Indian journal of veterinary science and animal husbandry - Volume 13,
Year: 1943
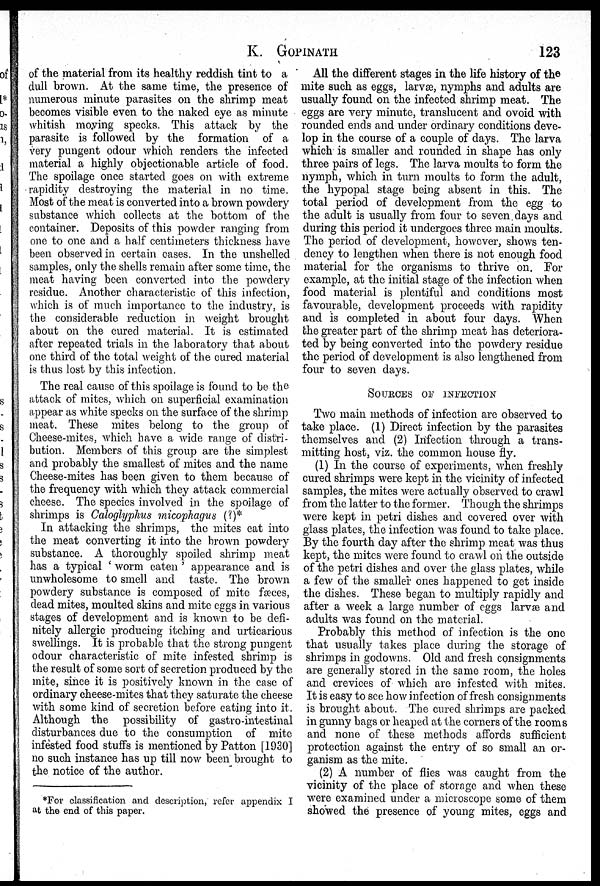
K. GOPINATH
123
of the material from its healthy reddish tint to a
dull brown. At the same time, the presence of
numerous minute parasites on the shrimp meat
becomes visible even to the naked eye as minute
whitish moving specks. This attack by the
parasite is followed by the formation of a
very pungent odour which renders the infected
material a highly objectionable article of food.
The spoilage once started goes on with extreme
rapidity destroying the material in no time.
Most of the meat is converted into a brown powdery
substance which collects at the bottom of the
container. Deposits of this powder ranging from
one to one and a half centimeters thickness have
been observed in certain cases. In the unshelled
samples, only the shells remain after some time, the
meat having been converted into the powdery
residue. Another characteristic of this infection,
which is of much importance to the industry, is
the considerable reduction in weight brought
about on the cured material. It is estimated
after repeated trials in the laboratory that about
one third of the total weight of the cured material
is thus lost by this infection.
The real cause of this spoilage is found to be the
attack of mites, which on superficial examination
appear as white specks on the surface of the shrimp
meat. These mites belong to the group of
Cheese-mites, which have a wide range of distri-
bution. Members of this group are the simplest
and probably the smallest of mites and the name
Cheese-mites has been given to them because of
the frequency with which they attack commercial
cheese. The species involved in the spoilage of
shrimps is Caloglyphus micophagus (?)*
In attacking the shrimps, the mites eat into
the meat converting it into the brown powdery
substance. A thoroughly spoiled shrimp meat
has a typical 'worm eaten' appearance and is
unwholesome to smell and taste. The brown
powdery substance is composed of mite fæces,
dead mites, moulted skins and mite eggs in various
stages of development and is known to be defi-
nitely allergic producing itching and urticarious
swellings. It is probable that the strong pungent
odour characteristic of mite infested shrimp is
the result of some sort of secretion produced by the
mite, since it is positively known in the case of
ordinary cheese-mites that they saturate the cheese
with some kind of secretion before eating into it.
Although the possibility of gastro-intestinal
disturbances due to the consumption of mite
infested food stuffs is mentioned by Patton [1930]
no such instance has up till now been brought to
the notice of the author.
All the different stages in the life history of the
mite such as eggs, larvæ, nymphs and adults are
usually found on the infected shrimp meat. The
eggs are very minute, translucent and ovoid with
rounded ends and under ordinary conditions deve-
lop in the course of a couple of days. The larva
which is smaller and rounded in shape has only
three pairs of legs. The larva moults to form the
nymph, which in turn moults to form the adult,
the hypopal stage being absent in this. The
total period of development from the egg to
the adult is usually from four to seven days and
during this period it undergoes three main moults.
The period of development, however, shows ten-
dency to lengthen when there is not enough food
material for the organisms to thrive on. For
example, at the initial stage of the infection when
food material is plentiful and conditions most
favourable, development proceeds with rapidity
and is completed in about four days. When
the greater part of the shrimp meat has deteriora-
ted by being converted into the powdery residue
the period of development is also lengthened from
four to seven days.
SOURCES OF INFECTION
Two main methods of infection are observed to
take place. (1) Direct infection by the parasites
themselves and (2) Infection through a trans-
mitting host, viz. the common house fly.
(1) In the course of experiments, when freshly
cured shrimps were kept in the vicinity of infected
samples, the mites were actually observed to crawl
from the latter to the former. Though the shrimps
were kept in petri dishes and covered over with
glass plates, the infection was found to take place.
By the fourth day after the shrimp meat was thus
kept, the mites were found to crawl on the outside
of the petri dishes and over the glass plates, while
a few of the smaller ones happened to get inside
the dishes. These began to multiply rapidly and
after a week a large number of eggs larvæ and
adults was found on the material.
Probably this method of infection is the one
that usually takes place during the storage of
shrimps in godowns. Old and fresh consignments
are generally stored in the same room, the holes
and crevices of which are infested with mites.
It is easy to see how infection of fresh consignments
is brought about. The cured shrimps are packed
in gunny bags or heaped at the corners of the rooms
and none of these methods affords sufficient
protection against the entry of so small an or-
ganism as the mite.
(2) A number of flies was caught from the
vicinity of the place of storage and when these
were examined under a microscope some of them
showed the presence of young mites, eggs and
*For classification and description, refer appendix I
at the end of this paper.